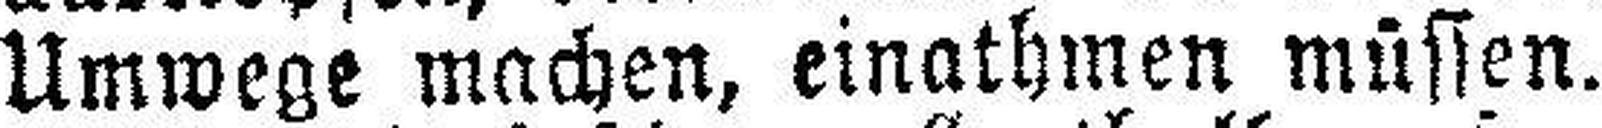
Umwege machen, einathmen müssen.